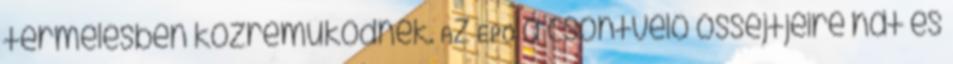
termelésben közreműködnek. Az EPO a csontvelő őssejtjeire hat és